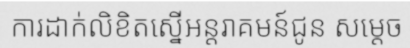
ការដាក់លិខិតស្នើអន្តរាគមន៍ជូន សម្តេច